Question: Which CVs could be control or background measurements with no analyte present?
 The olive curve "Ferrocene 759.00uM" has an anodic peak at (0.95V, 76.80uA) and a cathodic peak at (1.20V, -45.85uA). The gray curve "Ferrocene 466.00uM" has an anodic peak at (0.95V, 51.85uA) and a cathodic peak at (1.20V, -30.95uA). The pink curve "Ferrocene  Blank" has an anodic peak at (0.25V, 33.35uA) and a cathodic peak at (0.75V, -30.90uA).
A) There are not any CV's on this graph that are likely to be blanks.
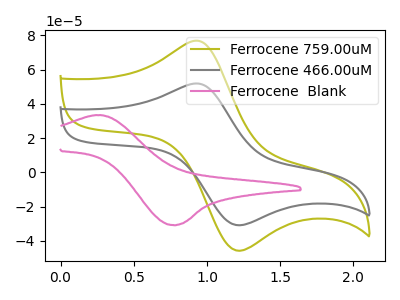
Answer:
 <answer>A) There are not any CV's on this graph that are likely to be blanks.</answer>
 <eval>A</eval>